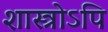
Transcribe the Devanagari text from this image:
शास्त्रोऽपि